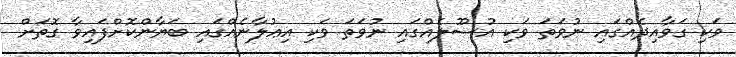
ވަކި ގަވާއިދެއްގައި ނުވަތަ ވަކި އުސޫލެއްގައި ނުވަތަ ވަކި އިޢުލާނެއްގައި ބަޔާންކޮށްފައިވާ ގޮތަށް